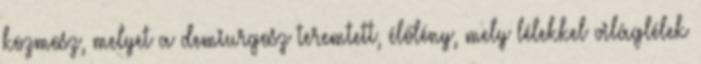
kozmosz, melyet a demiurgosz teremtett, élőlény, mely lélekkel világlélek